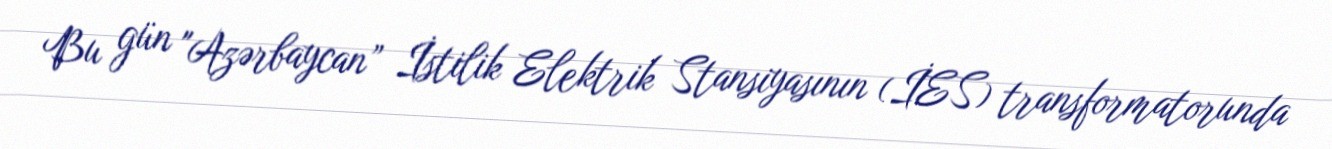
Bu gün "Azərbaycan” İstilik Elektrik Stansiyasının (İES) transformatorunda